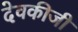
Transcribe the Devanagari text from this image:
देवकीजी